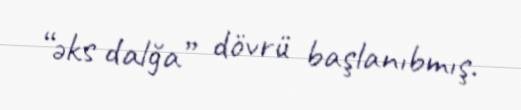
“əks dalğa” dövrü başlanıbmış.